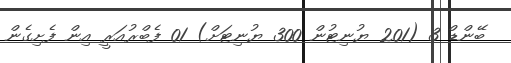
ބޭންޑް 3 (201 ޔުނިޓުން 300 ޔުނިޓަށް) 01 ފެބްރުއަރީ އިން ފެށިގެން